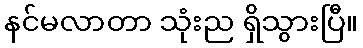
နင်မလာတာ သုံးည ရှိသွားပြီ။